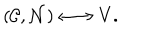
( { \cal C } , { \cal N } ) \longleftrightarrow V .